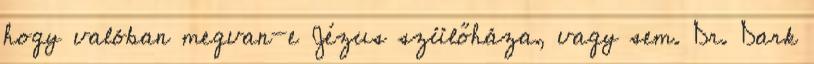
hogy valóban megvan-e Jézus szülőháza, vagy sem. Dr. Dark